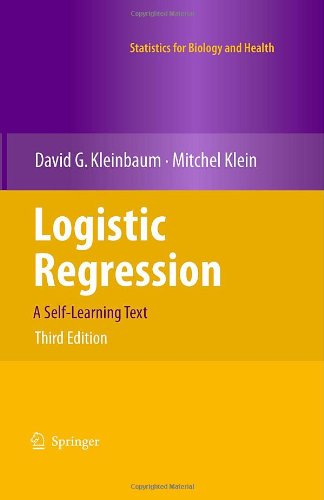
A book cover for Logistic Regression: A Self-Learning Text (Statistics for Biology and Health); David G. Kleinbaum; Medical Books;